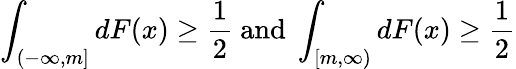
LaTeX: \int_{(-\infty,m]}dF(x)\geq{\frac{1}{2}}{\mathrm{~and~}}\int_{[m,\infty)}dF(x)\geq{\frac{1}{2}}